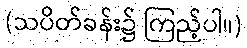
(သပိတ်ခန်း၌ ကြည့်ပါ။)